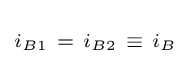
\scriptstyle i_{B1}~=~i_{B2}~\equiv ~i_{B}